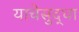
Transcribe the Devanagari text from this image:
याचेसुद्धा